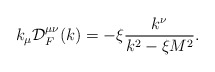
\begin{align*}k_{\mu}{\cal D}^{\mu\nu}_F(k) = -\xi\frac{k^{\nu}}{k^2-\xi M^2}.\end{align*}